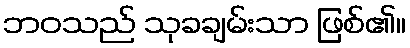
ဘဝသည် သုခချမ်းသာ ဖြစ်၏။